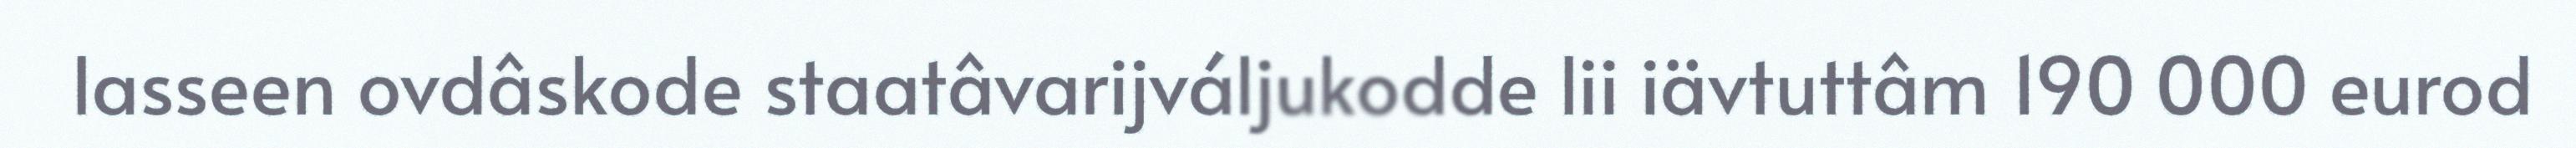
lasseen ovdâskode staatâvarijváljukodde lii iävtuttâm 190 000 eurod